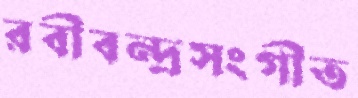
রবীবন্দ্রসংগীত